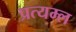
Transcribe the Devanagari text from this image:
प्रत्यम्ल